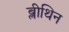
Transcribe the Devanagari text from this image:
ब्लीथिन